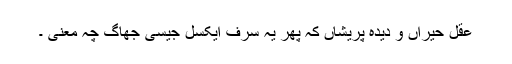
عقل حیراں و دیدہ پریشاں کہ پھر یہ سرف ایکسل جیسی جھاگ چہ معنی ۔